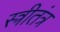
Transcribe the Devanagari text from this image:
स्त्रीतंत्र